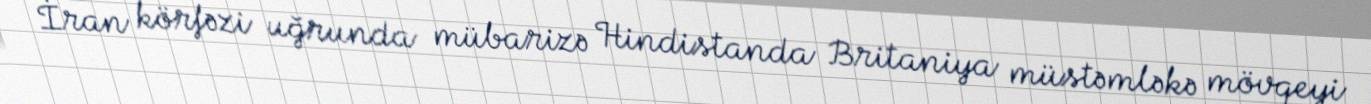
İran körfəzi uğrunda mübarizə Hindistanda Britaniya müstəmləkə mövqeyi